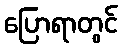
ပြောရာတွင်